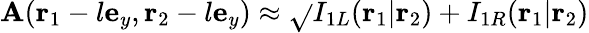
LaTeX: \mathbf{A}(\mathbf{{r}}_{1}-l\mathbf{{e}}_{y},\mathbf{{r}}_{2}-l\mathbf{{e}}_{y})\approx\sqrt{}{{I_{1L}(\mathbf{{r}}_{1}|\mathbf{{r}}_{2})+I_{1R}(\mathbf{{r}}_{1}|\mathbf{{r}}_{2})}}